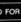
for